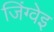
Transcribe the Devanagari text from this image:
जिंग्वेइ